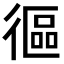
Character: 𢕓